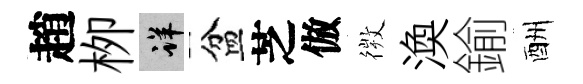
趙栁详盆芝倣𢕄渙鍮酬